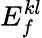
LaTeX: E_{f}^{kl}